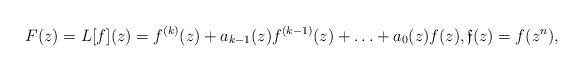
LaTeX: \begin{align*} F(z) = L[f](z) = f^{(k)}(z) + a_{k-1}(z) f^{(k-1)}(z) + \ldots + a_0(z) f(z) , \mathfrak{f}(z) = f(z^n) , \end{align*}